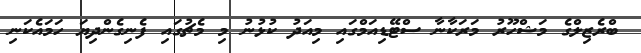
ބްރެޒިލްގެ މަޝްހޫރު މަރަކާނާ ސްޓޭޑިއަމްގައި މިއަދު ކުޅުނު މި މެޗުގައި ފެނިގެންދިޔަ ހަމައެކަނި